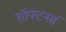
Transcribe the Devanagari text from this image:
सॉफ्टनर्स